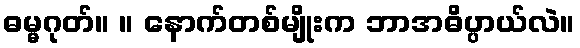
ဓမ္မဂုတ်။ ။ နောက်တစ်မျိုးက ဘာအဓိပ္ပာယ်လဲ။